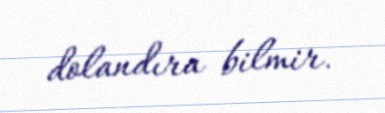
dolandıra bilmir.